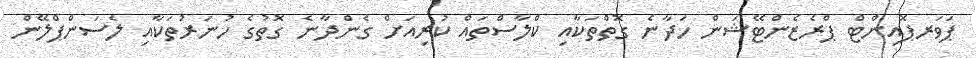
ޕަވަރޕޮއިންޓް ޕްރެޒެންޓޭޝަން ހަދާނެ ގޮތްތަކާއި ކްލާސްތައް ކުރިއަށް ގެންދާނެ ގޮތުގެ ހުނަރުތަކާއި ލެސަންޕްލޭން